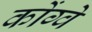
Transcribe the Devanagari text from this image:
कोंग्वे